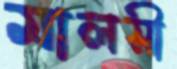
মালসী